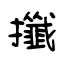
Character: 攕